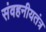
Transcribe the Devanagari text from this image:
संवहनीयतंत्र